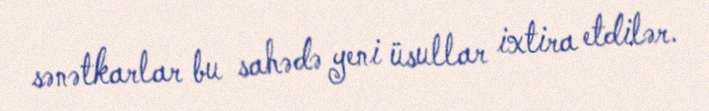
sənətkarlar bu sahədə yeni üsullar ixtira etdilər.